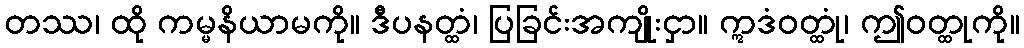
တဿ၊ ထို ကမ္မနိယာမကို။ ဒီပနတ္ထံ၊ ပြခြင်းအကျိုးငှာ။ ဣဒံဝတ္ထုံ၊ ဤဝတ္ထုကို။